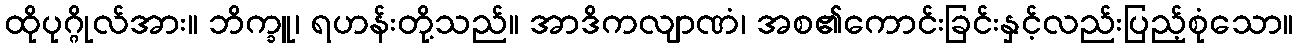
ထိုပုဂ္ဂိုလ်အား။ ဘိက္ခူ၊ ရဟန်းတို့သည်။ အာဒိကလျာဏံ၊ အစ၏ကောင်းခြင်းနှင့်လည်းပြည့်စုံသော။